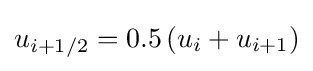
u_{i+1/2}=0.5\left(u_{i}+u_{i+1}\right)